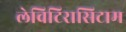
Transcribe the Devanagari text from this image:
लेविटिरासिटाम